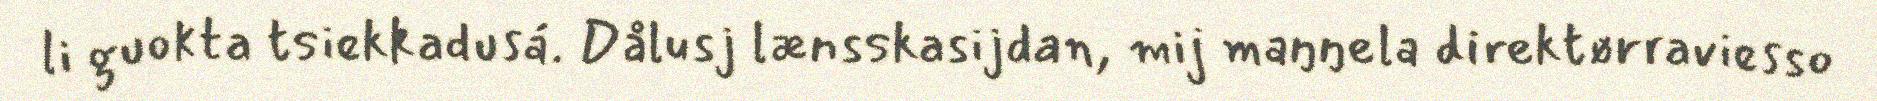
li guokta tsiekkadusá. Dålusj lænsskasijdan, mij maŋŋela direktørraviesso